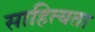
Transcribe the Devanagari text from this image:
साहित्यता